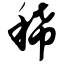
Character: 稀